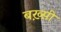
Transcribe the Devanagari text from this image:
बख़्सी